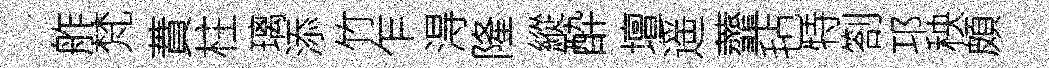
舴梵蕡柱璃添竹乍淂隆縱酔壇遥虀毡特劄邛秧頗